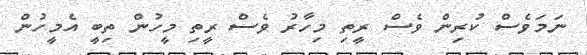
ނަމަވެސް ކުރިން ވެސް ރީތި މިހާރު ވެސް ރީތި މީހުން ތިބީ އެމީހުން